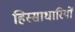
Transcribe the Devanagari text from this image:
हिस्साधारियों